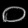
Digit: ၀